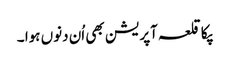
پکا قلعہ آپریشن بھی اُن دنوں ہوا ۔